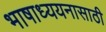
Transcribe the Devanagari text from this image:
भाषाध्ययनासाठी